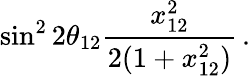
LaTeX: \sin^{2}2\theta_{12}\frac{x_{12}^{2}}{2(1+x_{12}^{2})}\, .